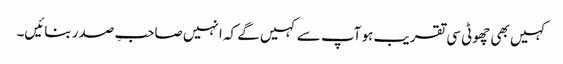
کہیں بھی چھوٹی سی تقریب ہو آپ سے کہیں گے کہ انہیں صاحبِ صدر بنائیں۔